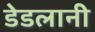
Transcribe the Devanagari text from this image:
डेडलानी